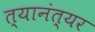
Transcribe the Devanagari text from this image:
त्यानंत्यर